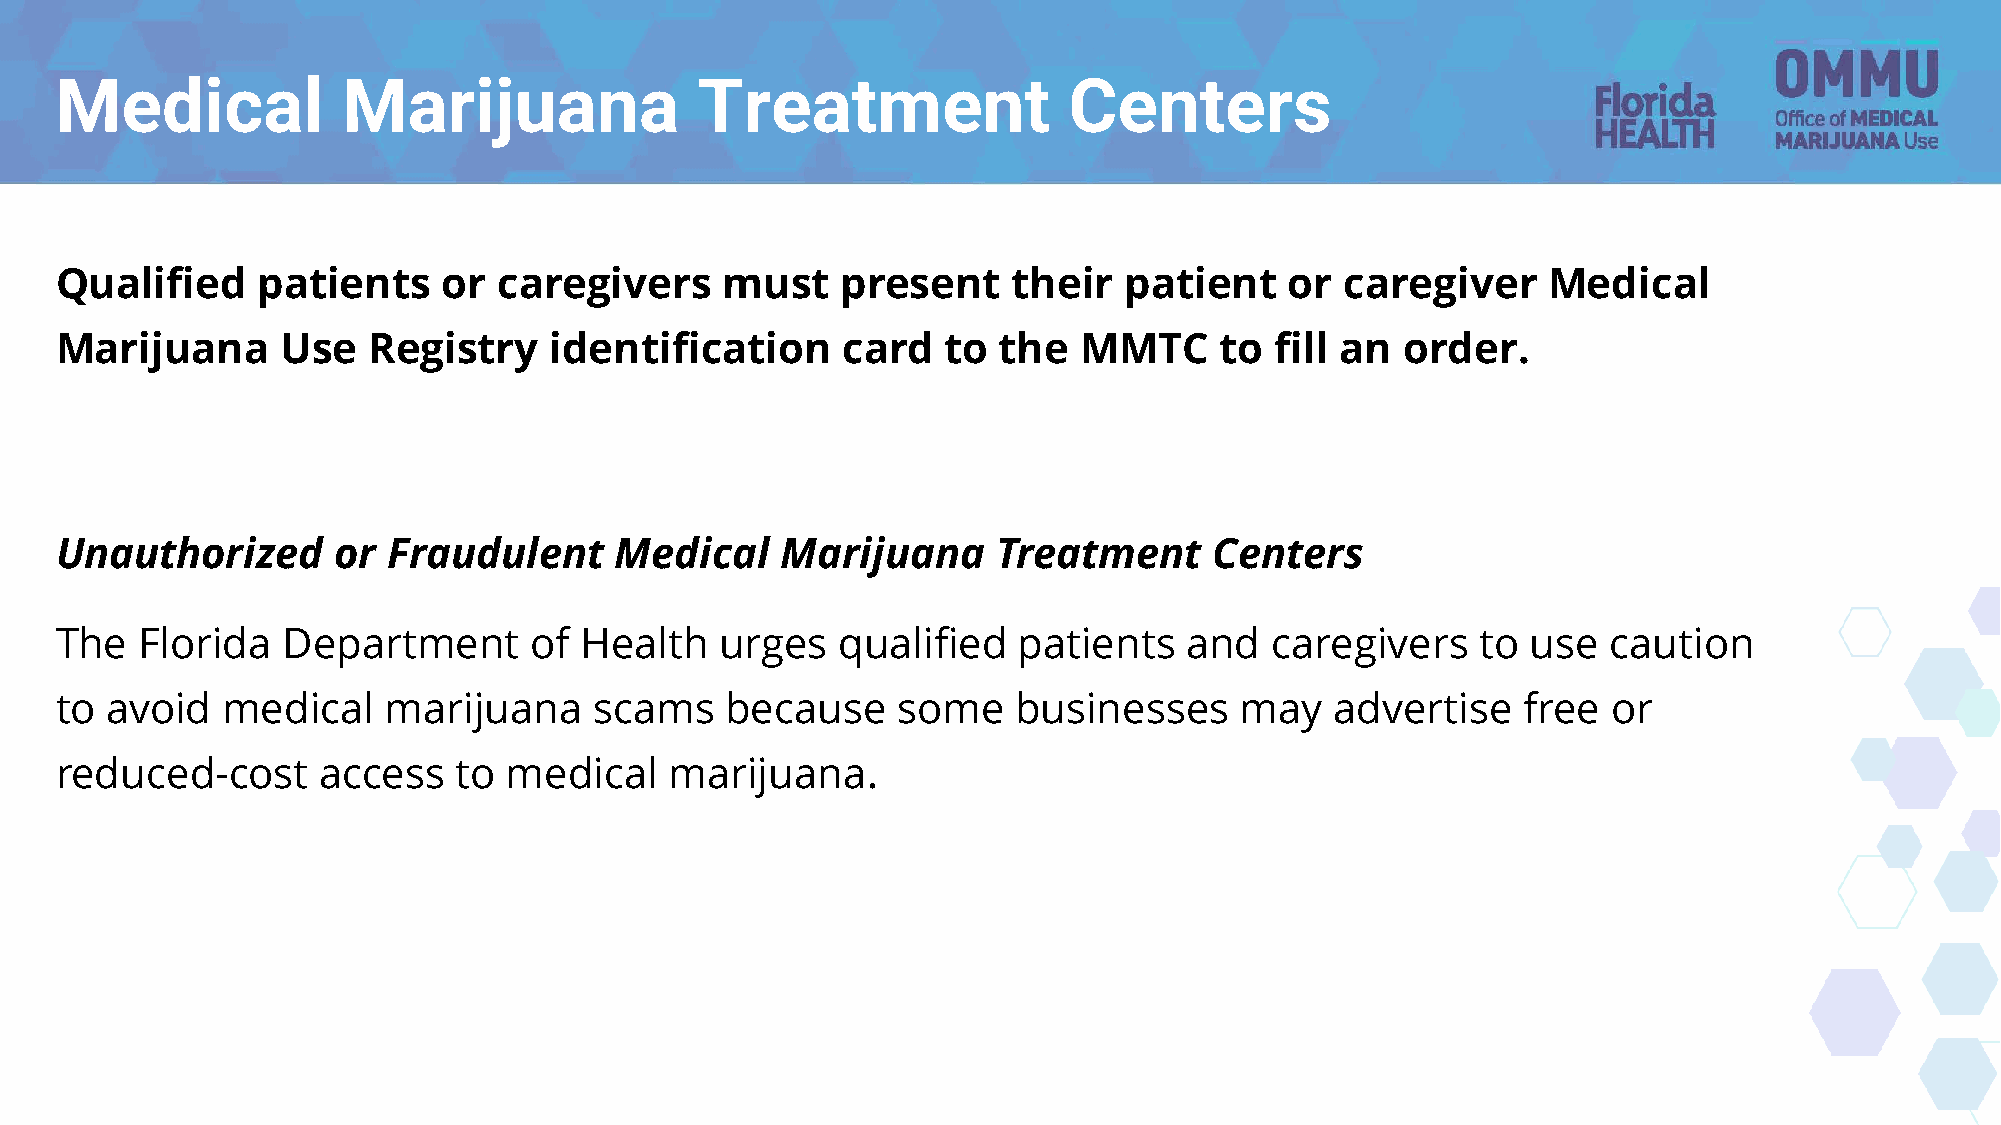
Medical            Marijuana              Treatment                Centers
 Qualified    patients    or  caregivers     must    present    their  patient    or  caregiver    Medical
 Marijuana      Use  Registry    identification      card   to the   MMTC     to fill an  order.
 Unauthorized      or  Fraudulent     Medical    Marijuana     Treatment     Centers
 The  Florida   Department      of Health    urges   qualified  patients    and  caregivers    to use   caution
 to avoid   medical   marijuana     scams    because    some    businesses     may   advertise    free  or
 reduced-cost     access   to  medical   marijuana.